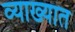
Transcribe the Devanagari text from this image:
व्याख्यात